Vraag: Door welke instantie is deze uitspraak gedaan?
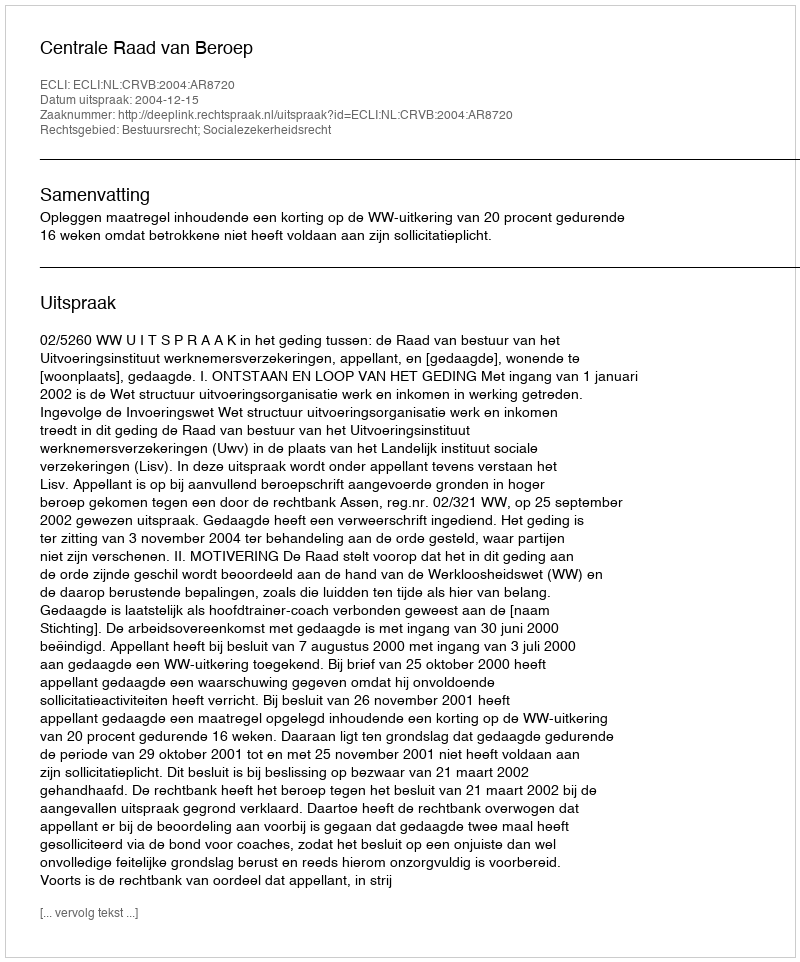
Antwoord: Centrale Raad van Beroep